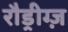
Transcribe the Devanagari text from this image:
रौड्रीग्ज़